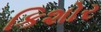
કિશોર